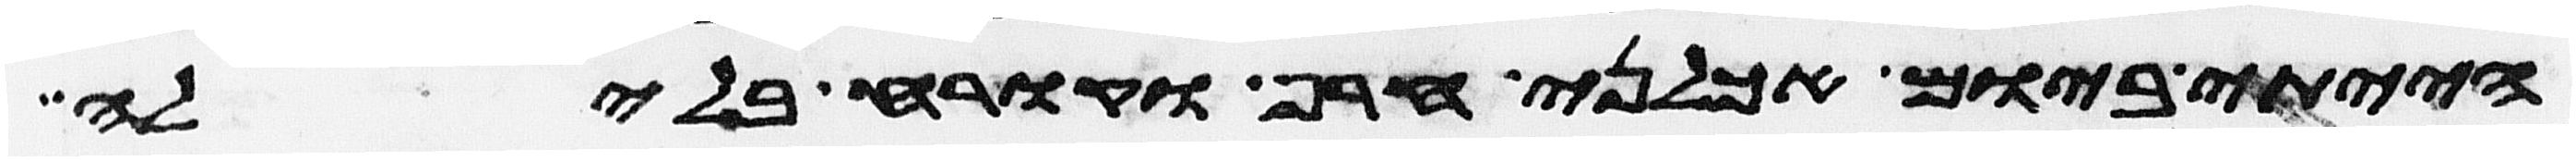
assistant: הייתי ביום אכלני חרף וקרח בלילה